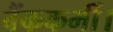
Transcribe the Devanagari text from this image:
बैंककर्मी।